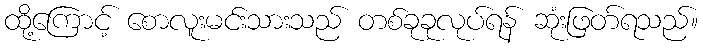
ထို့ကြောင့် စောလူးမင်းသားသည် တစ်ခုခုလုပ်ရန် ဆုံးဖြတ်ရသည်။